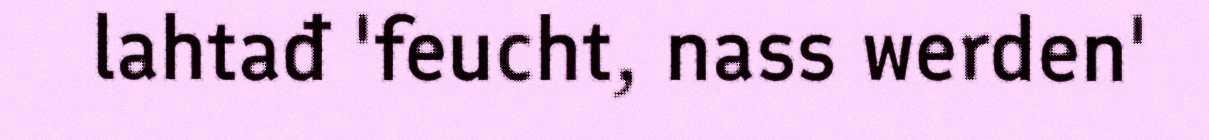
lahtađ 'feucht, nass werden'